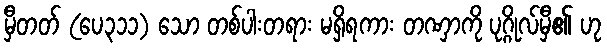
မှီတတ် (ပေ၃၁၁) သော တစ်ပါးတရား မရှိရကား တဏှာကို ပုဂ္ဂိုလ်မှီ၏ ဟု